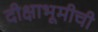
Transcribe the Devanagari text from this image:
दीक्षाभूमीची